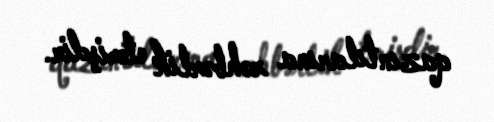
qazıntılarına rəhbərlik etmişdir.